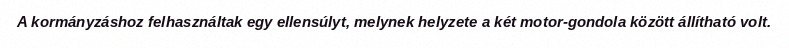
A kormányzáshoz felhasználtak egy ellensúlyt, melynek helyzete a két motor-gondola között állítható volt.